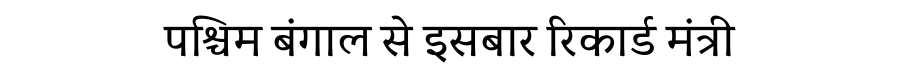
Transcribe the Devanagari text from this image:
पश्चिम बंगाल से इसबार रिकार्ड मंत्री